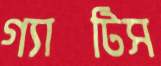
গ্যাটিস